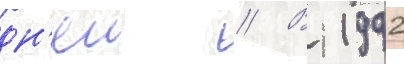
дн'еи // В 1992